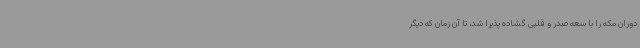
دوران مکه را با سعه صدر و قلبی گشاده پذیرا شد، تا آن زمان که دیگر